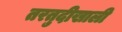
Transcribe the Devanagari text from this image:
तरतुदीखाली